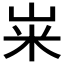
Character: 𫂳